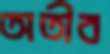
অতীব